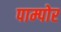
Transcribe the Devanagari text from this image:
पाम्पोर